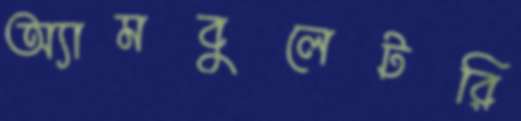
অ্যামবুলেটরি